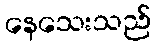
နေသေးသည်